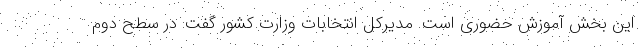
این بخش آموزش حضوری است. مدیرکل انتخابات وزارت کشور گفت: در سطح دوم